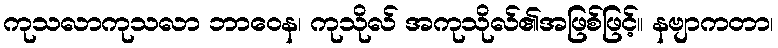
ကုသလာကုသလာ ဘာဝေန၊ ကုသိုလ် အကုသိုလ်၏အဖြစ်ဖြင့်။ နဗျာကတာ၊